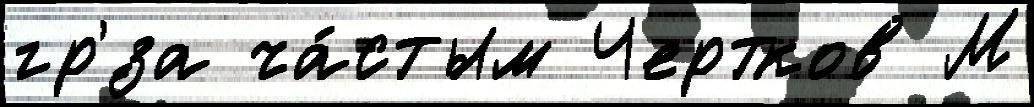
гр'́за ча́стым Чертков М